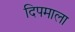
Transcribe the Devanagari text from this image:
दिपमाला